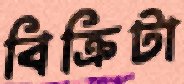
বিক্রিটা